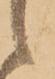
候